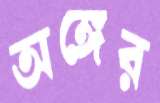
অঙ্গের